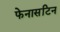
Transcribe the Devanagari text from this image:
फेनासटिन